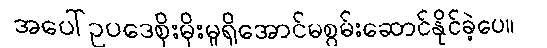
အပေါ်ဥပဒေစိုးမိုးမှုရှိအောင်မစွမ်းဆောင်နိုင်ခဲ့ပေ။